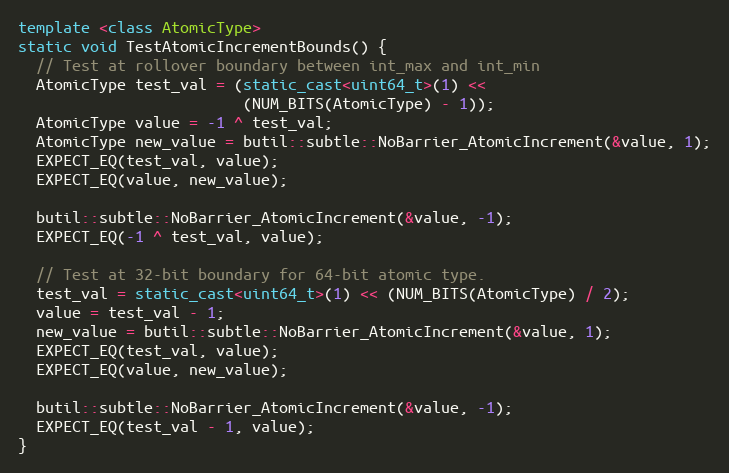
Language: C++
template <class AtomicType>
static void TestAtomicIncrementBounds() {
  // Test at rollover boundary between int_max and int_min
  AtomicType test_val = (static_cast<uint64_t>(1) <<
                         (NUM_BITS(AtomicType) - 1));
  AtomicType value = -1 ^ test_val;
  AtomicType new_value = butil::subtle::NoBarrier_AtomicIncrement(&value, 1);
  EXPECT_EQ(test_val, value);
  EXPECT_EQ(value, new_value);

  butil::subtle::NoBarrier_AtomicIncrement(&value, -1);
  EXPECT_EQ(-1 ^ test_val, value);

  // Test at 32-bit boundary for 64-bit atomic type.
  test_val = static_cast<uint64_t>(1) << (NUM_BITS(AtomicType) / 2);
  value = test_val - 1;
  new_value = butil::subtle::NoBarrier_AtomicIncrement(&value, 1);
  EXPECT_EQ(test_val, value);
  EXPECT_EQ(value, new_value);

  butil::subtle::NoBarrier_AtomicIncrement(&value, -1);
  EXPECT_EQ(test_val - 1, value);
}